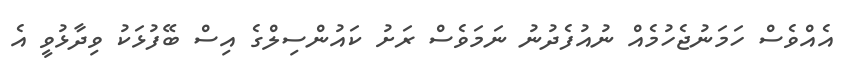
އެއްވެސް ހަމަނުޖެހުމެއް ނުއުފެދުނު ނަމަވެސް ރަށު ކައުންސިލްގެ އިސް ބޭފުޅަކު ވިދާޅުވީ އެ